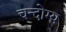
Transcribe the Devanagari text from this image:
चन्दोग्य